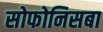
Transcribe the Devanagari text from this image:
सोफोनिसबा